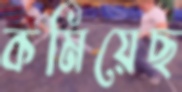
কমিয়েছ